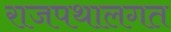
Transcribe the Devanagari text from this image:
राजपथालगत